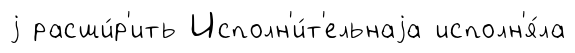
j расши́р'ить Исполн'и́т'ельнаjа исполн'я́ла